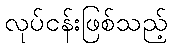
လုပ်ငန်းဖြစ်သည့်